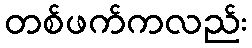
တစ်ဖက်ကလည်း